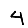
Digit: 4